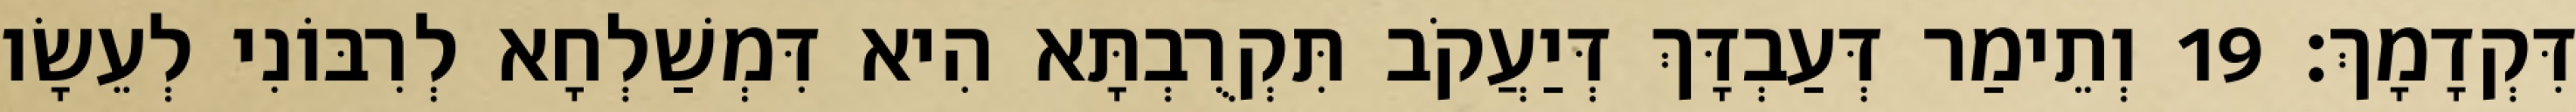
דִּקְדָמָךְ׃ 19 וְתֵימַר דְּעַבְדָּךְ דְּיַעֲקֹב תִּקְרֻבְתָּא הִיא דִּמְשַׁלְחָא לְרִבּוֹנִי לְעֵשָׂו